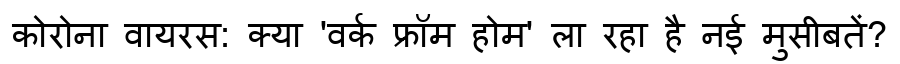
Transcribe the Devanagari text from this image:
कोरोना वायरस: क्या 'वर्क फ्रॉम होम' ला रहा है नई मुसीबतें?